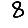
Digit: 8